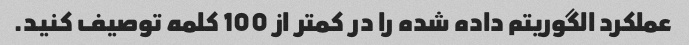
عملکرد الگوریتم داده شده را در کمتر از 100 کلمه توصیف کنید.